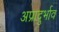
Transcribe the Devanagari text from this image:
अप्रादुर्भाव